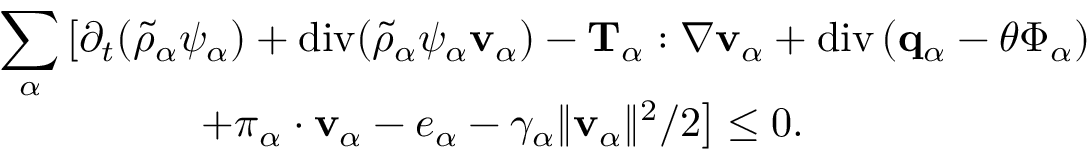
\begin{array} { r l } & { ~ \displaystyle \sum _ { \alpha } \left[ \partial _ { t } ( \tilde { \rho } _ { \alpha } \psi _ { \alpha } ) + \mathrm { d i v } ( \tilde { \rho } _ { \alpha } \psi _ { \alpha } \mathbf { v } _ { \alpha } ) - \mathbf { T } _ { \alpha } : \nabla \mathbf { v } _ { \alpha } + \mathrm { d i v } \left( \mathbf { q } _ { \alpha } - \theta \boldsymbol { \Phi } _ { \alpha } \right) \right. } \\ & { \quad \quad \quad \quad \quad \left. + \boldsymbol { \pi } _ { \alpha } \cdot \mathbf { v } _ { \alpha } - e _ { \alpha } - \gamma _ { \alpha } \| \mathbf { v } _ { \alpha } \| ^ { 2 } / 2 \right] \leq 0 . } \end{array}